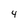
Character: 4